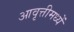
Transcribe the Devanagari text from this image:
आवृत्तीमध्यें